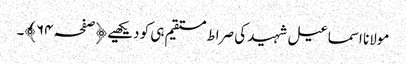
مولانا اسماعیل شہید کی صراط مستقیم ہی کو دیکھیے ﴿صفحہ ٦۴﴾۔